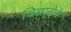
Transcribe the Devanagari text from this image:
जिज्ञासेने